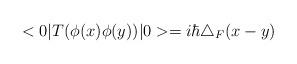
LaTeX: \begin{align*}<0|T(\phi(x)\phi(y))|0>=i\hbar\triangle_{F}(x-y)\end{align*}